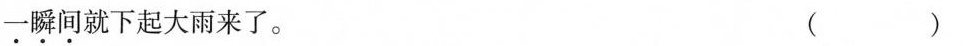
一瞬间就下起大雨来了。（）